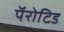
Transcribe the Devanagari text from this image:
पॅरोटिड